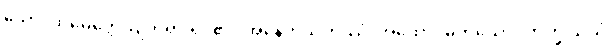
သော၊ ထိုမေတ္တေယျဘုရားရှင်၏။ အနေကသဟဿံ၊ အထောင်မကသော။ ဘိက္ခုသံဃံ၊